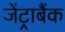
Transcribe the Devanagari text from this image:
जेंट्राबैंक